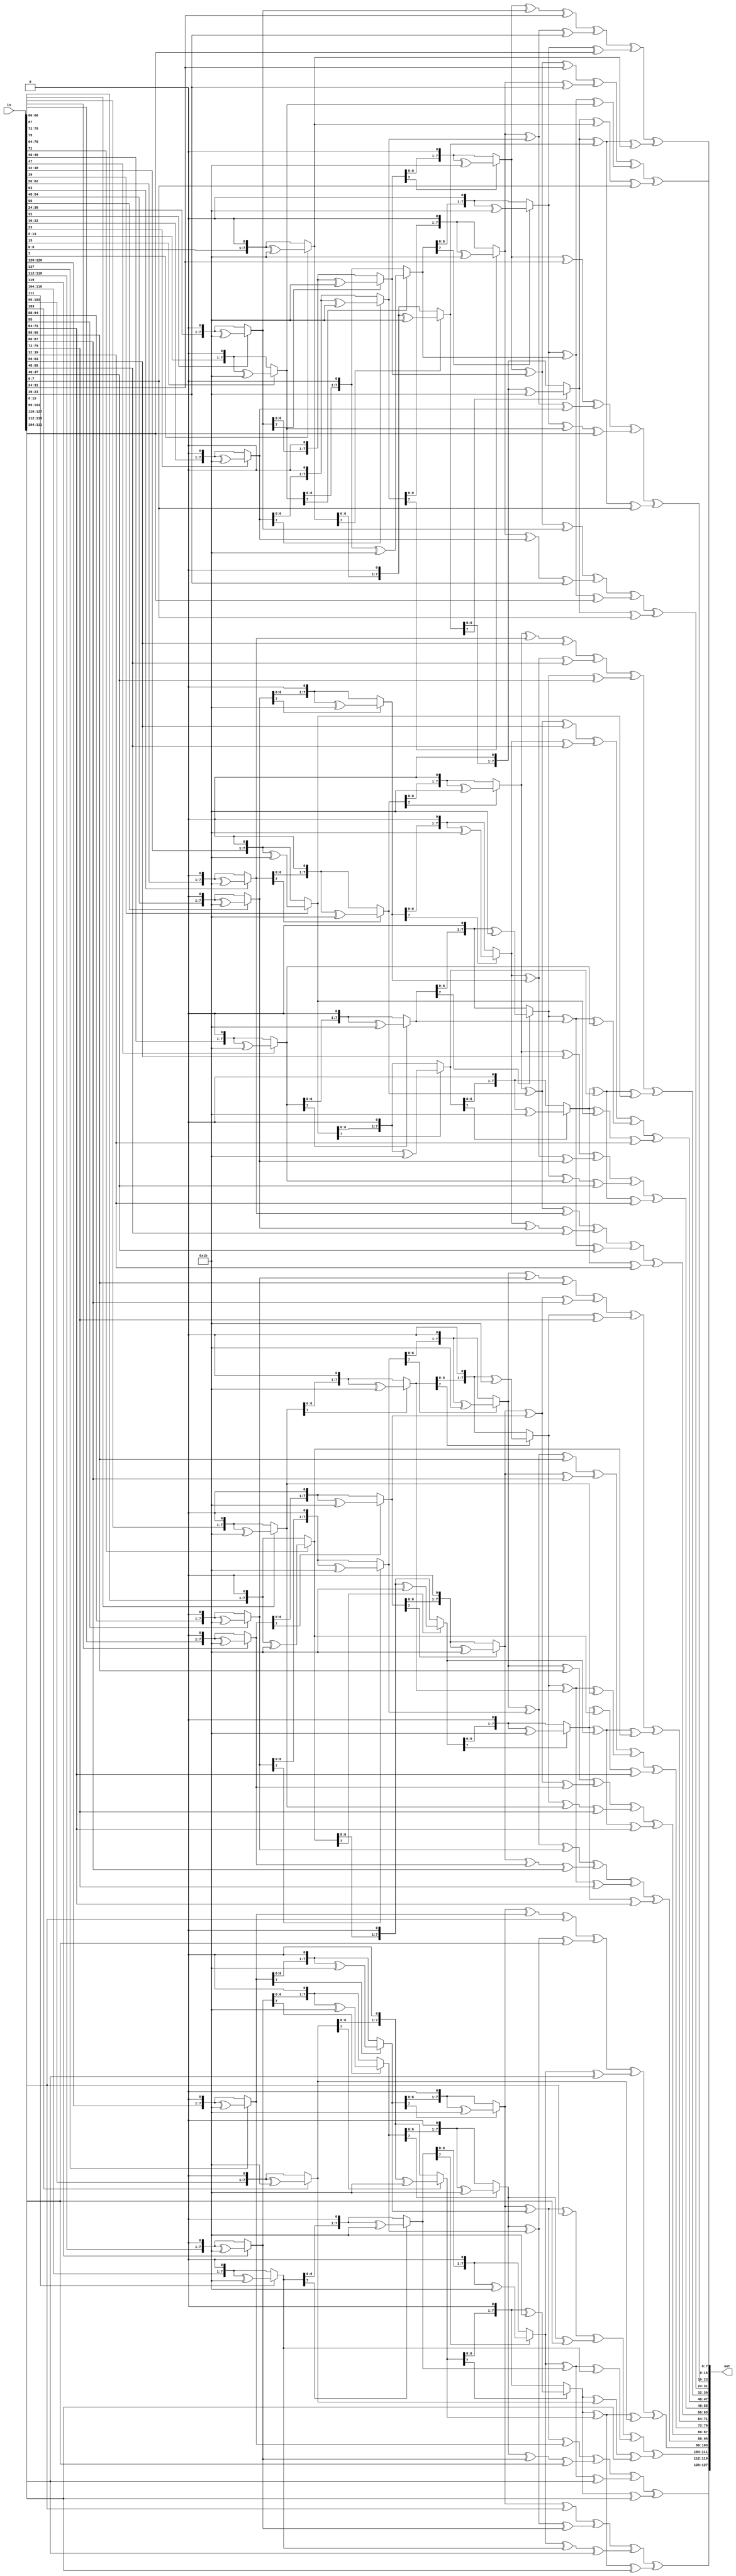
module InvMixColumns (
	/*
	row1,
	row2,
	row3,
	row4,
	out_row1,
	out_row2,
	out_row3,
	out_row4
	*/
	in,
	out
);

function [7:0] mul2;
	input [7:0] x;
	begin
		mul2 = (x[7]) ? ((x << 1) ^ 8'h1b) : x << 1;
	end
endfunction

function [7:0] mul9;
	input [7:0] x;
	begin
	mul9 = mul2(mul2(mul2(x))) ^ x;
	end
endfunction

function [7:0] mulb;
	input [7:0] x;
	begin
	mulb = mul2(mul2(mul2(x))) ^ mul2(x) ^ x;
	end
endfunction

function [7:0] muld;
input [7:0] x;
	begin
	muld = mul2(mul2(mul2(x))) ^ mul2(mul2(x)) ^ x;
	end
endfunction

function [7:0] mule;
input [7:0] x;
	begin
	mule = mul2(mul2(mul2(x))) ^ mul2(mul2(x)) ^ mul2(x);
	end
endfunction

/*
input [31:0] row1;
input [31:0] row2;
input [31:0] row3;
input [31:0] row4;

output [31:0] out_row1;
output [31:0] out_row2;
output [31:0] out_row3;
output [31:0] out_row4;
*/
input [127:0] in;
output [127:0] out;
genvar i;

generate
for (i=4;i>0;i = i - 1)
begin: inv_mix_columns
	assign out[(32*i-1)-:8] = mule(in[(32*i-1)-:8]) ^ mulb(in[(32*i-9)-:8]) ^ muld(in[(32*i-17)-:8]) ^ mul9(in[(32*i-25)-:8]);
	assign out[(32*i-9)-:8] = mul9(in[(32*i-1)-:8]) ^ mule(in[(32*i-9)-:8]) ^ mulb(in[(32*i-17)-:8]) ^ muld(in[(32*i-25)-:8]);
	assign out[(32*i-17)-:8] = muld(in[(32*i-1)-:8]) ^ mul9(in[(32*i-9)-:8]) ^ mule(in[(32*i-17)-:8]) ^ mulb(in[(32*i-25)-:8]);
	assign out[(32*i-25)-:8] = mulb(in[(32*i-1)-:8]) ^ muld(in[(32*i-9)-:8]) ^ mul9(in[(32*i-17)-:8]) ^ mule(in[(32*i-25)-:8]);
end
endgenerate
endmodule